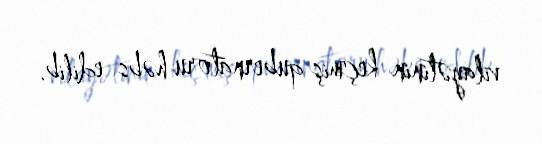
vilayətinin keçmiş qubernatoru həbs edilib.